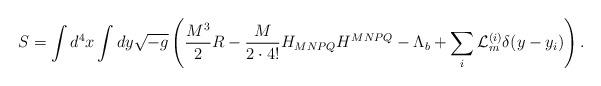
LaTeX: \begin{align*}S=\int d^4x\int dy \sqrt{-g}\left(\frac{M^3}{2}R-\frac{M}{2\cdot 4!}H_{MNPQ}H^{MNPQ}-\Lambda_b+\sum_{i} {\cal L}_m^{(i)}\delta(y-y_i)\right).\end{align*}